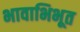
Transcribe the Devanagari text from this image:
भावाभिभूत